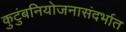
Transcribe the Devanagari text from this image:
कुटुंबनियोजनासंदर्भात